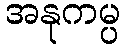
အနုကမ္ပ